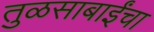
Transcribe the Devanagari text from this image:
तुळसाबाईंचा